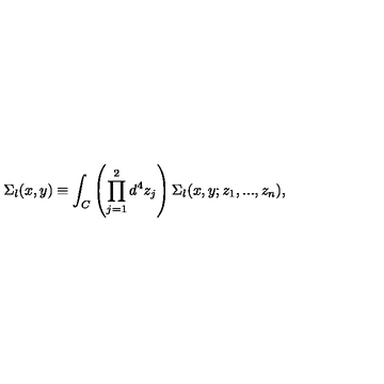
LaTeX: \Sigma _ { l } ( x , y ) \equiv \int _ { C } \left( \prod _ { j = 1 } ^ { 2 } d ^ { 4 } z _ { j } \right) \Sigma _ { l } ( x , y ; z _ { 1 } , . . . , z _ { n } ) ,